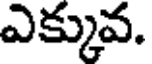
ఎక్కువ.